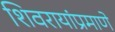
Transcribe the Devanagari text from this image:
शिवरायांप्रमाणे